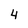
Character: 4